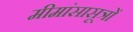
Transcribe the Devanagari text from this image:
मीमांसासूत्रों